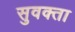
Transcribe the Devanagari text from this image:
सुवक्‍ता